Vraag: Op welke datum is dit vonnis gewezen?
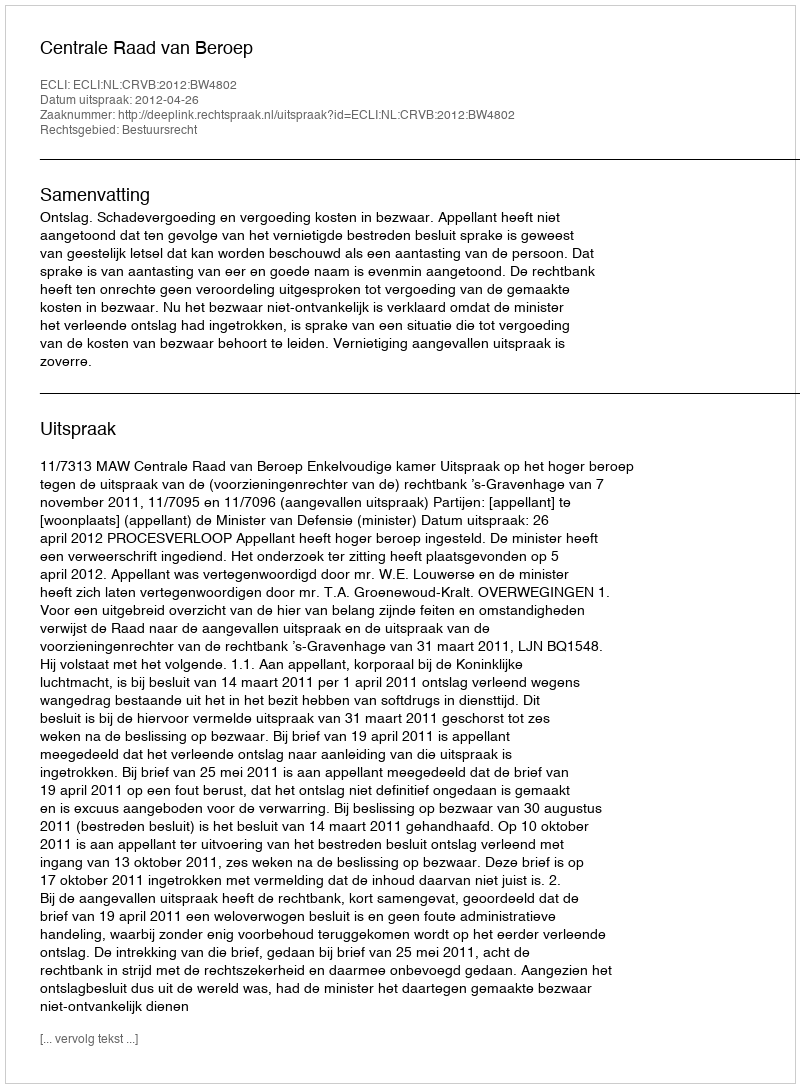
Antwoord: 2012-04-26